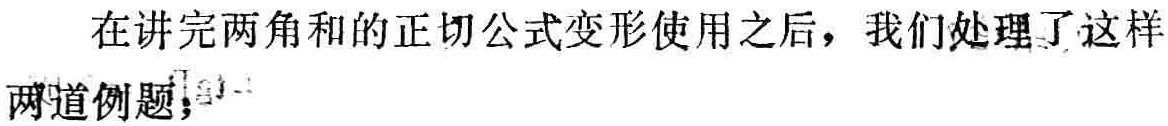
在讲完两角和的正切公式变形使用之后，我们处理了这样两道例题；